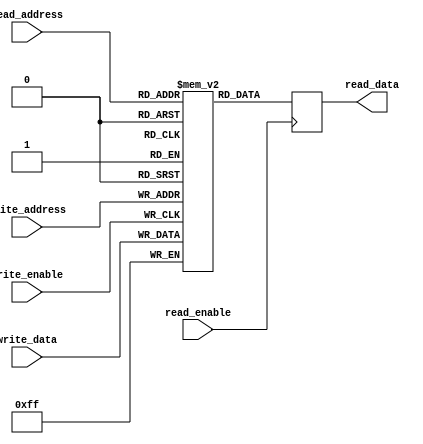
module dual_port_ram(
    input wire [7:0] write_data,
    input wire [3:0] write_address,
    input wire write_enable,
    output reg [7:0] read_data,
    input wire [3:0] read_address,
    input wire read_enable
);

reg [7:0] memory [15:0];

always @ (posedge write_enable)
begin
    if(write_enable)
        memory[write_address] <= write_data;
end

always @ (posedge read_enable)
begin
    if(read_enable)
        read_data <= memory[read_address];
end

endmodule